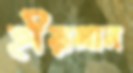
হীয়মান